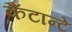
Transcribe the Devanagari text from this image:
कैंटान्टे